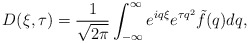
\begin{align*}D(\xi, \tau) = \frac{1}{\sqrt{2\pi}} \int_{-\infty}^{\infty} e^{i q \xi} e^{\tau q^{2}} \tilde{f}(q) dq,\end{align*}